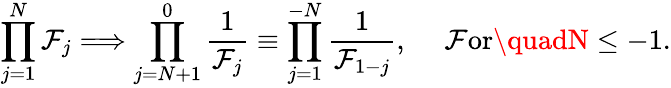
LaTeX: \prod_{j=1}^{N}\mathcal{F}_{j}\Longrightarrow\prod_{j=N+1}^{0}{\frac{{1}}{{\mathcal{F}_{j}}}}\equiv\prod_{j=1}^{-N}{\frac{{1}}{{\mathcal{F}_{1-j}}}},\quad\mathrm{{~\mathcal{F}or}}\quadN\leq-1.